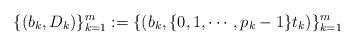
\begin{align*}\{(b_{k},D_{k})\}_{k=1}^{m}:=\{(b_{k}, \{0,1,\cdots, p_{k}-1\}t_{k}) \}_{k=1}^{m}\end{align*}